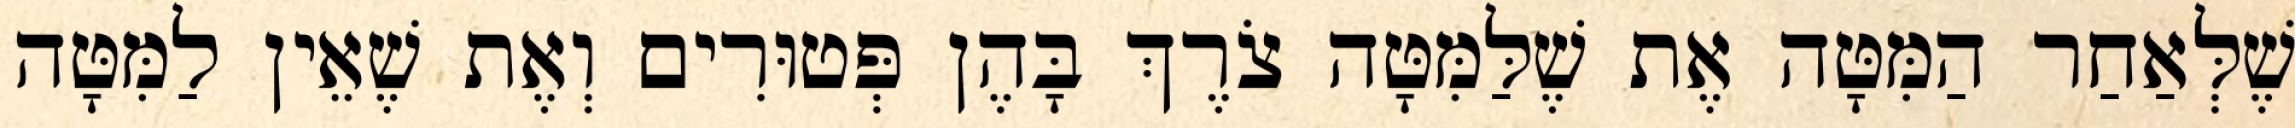
שֶׁלְּאַחַר הַמִּטָּה אֶת שֶׁלַּמִּטָּה צֹרֶךְ בָּהֶן פְּטוּרִים וְאֶת שֶׁאֵין לַמִּטָּה